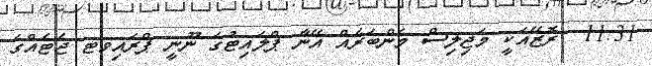
11:31  ރޮޒޭއަކީ މަޖިލިސް މެންބަރެއް އޭނާ ޕްލައިޓުގަ ނޫނީ ޕްރައިވޓ ޖެޓެއްގަ